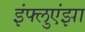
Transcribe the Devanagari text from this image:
इंफ्लुएंझा